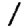
Digit: 1